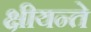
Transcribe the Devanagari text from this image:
क्षीयन्ते